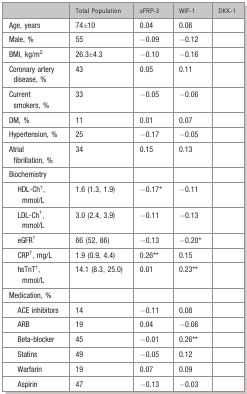
<table><thead><tr><td>[EMPTY_CELL]</td><td><b>Total Population</b></td><td><b>sFRP-3</b></td><td><b>WIF-1</b></td><td><b>DKK-1</b></td></tr></thead><tbody><tr><td>Age, years</td><td>74±10</td><td>0.04</td><td>0.06</td><td>[EMPTY_CELL]</td></tr><tr><td>Male, %</td><td>55</td><td>−0.09</td><td>−0.12</td><td>[EMPTY_CELL]</td></tr><tr><td>BMI, kg/m<sup>2</sup></td><td>26.3±4.3</td><td>−0.10</td><td>−0.16</td><td>[EMPTY_CELL]</td></tr><tr><td>Coronary artery disease, %</td><td>43</td><td>0.05</td><td>0.11</td><td>[EMPTY_CELL]</td></tr><tr><td>Current smokers, %</td><td>33</td><td>−0.05</td><td>−0.06</td><td>[EMPTY_CELL]</td></tr><tr><td>DM, %</td><td>11</td><td>0.01</td><td>0.07</td><td>[EMPTY_CELL]</td></tr><tr><td>Hypertension, %</td><td>25</td><td>−0.17</td><td>−0.05</td><td>[EMPTY_CELL]</td></tr><tr><td>Atrial fibrillation, %</td><td>34</td><td>0.15</td><td>0.13</td><td>[EMPTY_CELL]</td></tr><tr><td>Biochemistry</td><td>[EMPTY_CELL]</td><td>[EMPTY_CELL]</td><td>[EMPTY_CELL]</td><td>[EMPTY_CELL]</td></tr><tr><td> HDL-Ch<sup>†</sup>, mmol/L</td><td>1.6 (1.3, 1.9)</td><td>−0.17*</td><td>−0.11</td><td>[EMPTY_CELL]</td></tr><tr><td> LDL-Ch<sup>†</sup>, mmol/L</td><td>3.0 (2.4, 3.9)</td><td>−0.11</td><td>−0.13</td><td>[EMPTY_CELL]</td></tr><tr><td> eGFR<sup>†</sup></td><td>66 (52, 86)</td><td>−0.13</td><td>−0.20*</td><td>[EMPTY_CELL]</td></tr><tr><td> CRP<sup>†</sup>, mg/L</td><td>1.9 (0.9, 4.4)</td><td>0.26**</td><td>0.15</td><td>[EMPTY_CELL]</td></tr><tr><td> hsTnT<sup>†</sup>, mmol/L</td><td>14.1 (8.3, 25.0)</td><td>0.01</td><td>0.23**</td><td>[EMPTY_CELL]</td></tr><tr><td>Medication, %</td><td>[EMPTY_CELL]</td><td>[EMPTY_CELL]</td><td>[EMPTY_CELL]</td><td>[EMPTY_CELL]</td></tr><tr><td> ACE inhibitors</td><td>14</td><td>−0.11</td><td>0.08</td><td>[EMPTY_CELL]</td></tr><tr><td> ARB</td><td>19</td><td>0.04</td><td>−0.06</td><td>[EMPTY_CELL]</td></tr><tr><td> Beta-blocker</td><td>45</td><td>−0.01</td><td>0.26**</td><td>[EMPTY_CELL]</td></tr><tr><td> Statins</td><td>49</td><td>−0.05</td><td>0.12</td><td>[EMPTY_CELL]</td></tr><tr><td> Warfarin</td><td>19</td><td>0.07</td><td>0.09</td><td>[EMPTY_CELL]</td></tr><tr><td> Aspirin</td><td>47</td><td>−0.13</td><td>−0.03</td><td>[EMPTY_CELL]</td></tr></tbody></table>